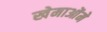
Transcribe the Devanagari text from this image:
खेमाओंमे